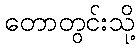
တောတွင်းသို့